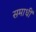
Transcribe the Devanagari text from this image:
समाधीं